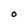
Character: O